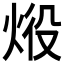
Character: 𤈧